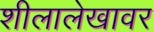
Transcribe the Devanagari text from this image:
शीलालेखावर